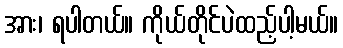
အား၊ ရပါတယ်။ ကိုယ်တိုင်ပဲထည့်ပါ့မယ်။